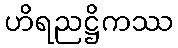
ဟိရညဋ္ဌိကဿ